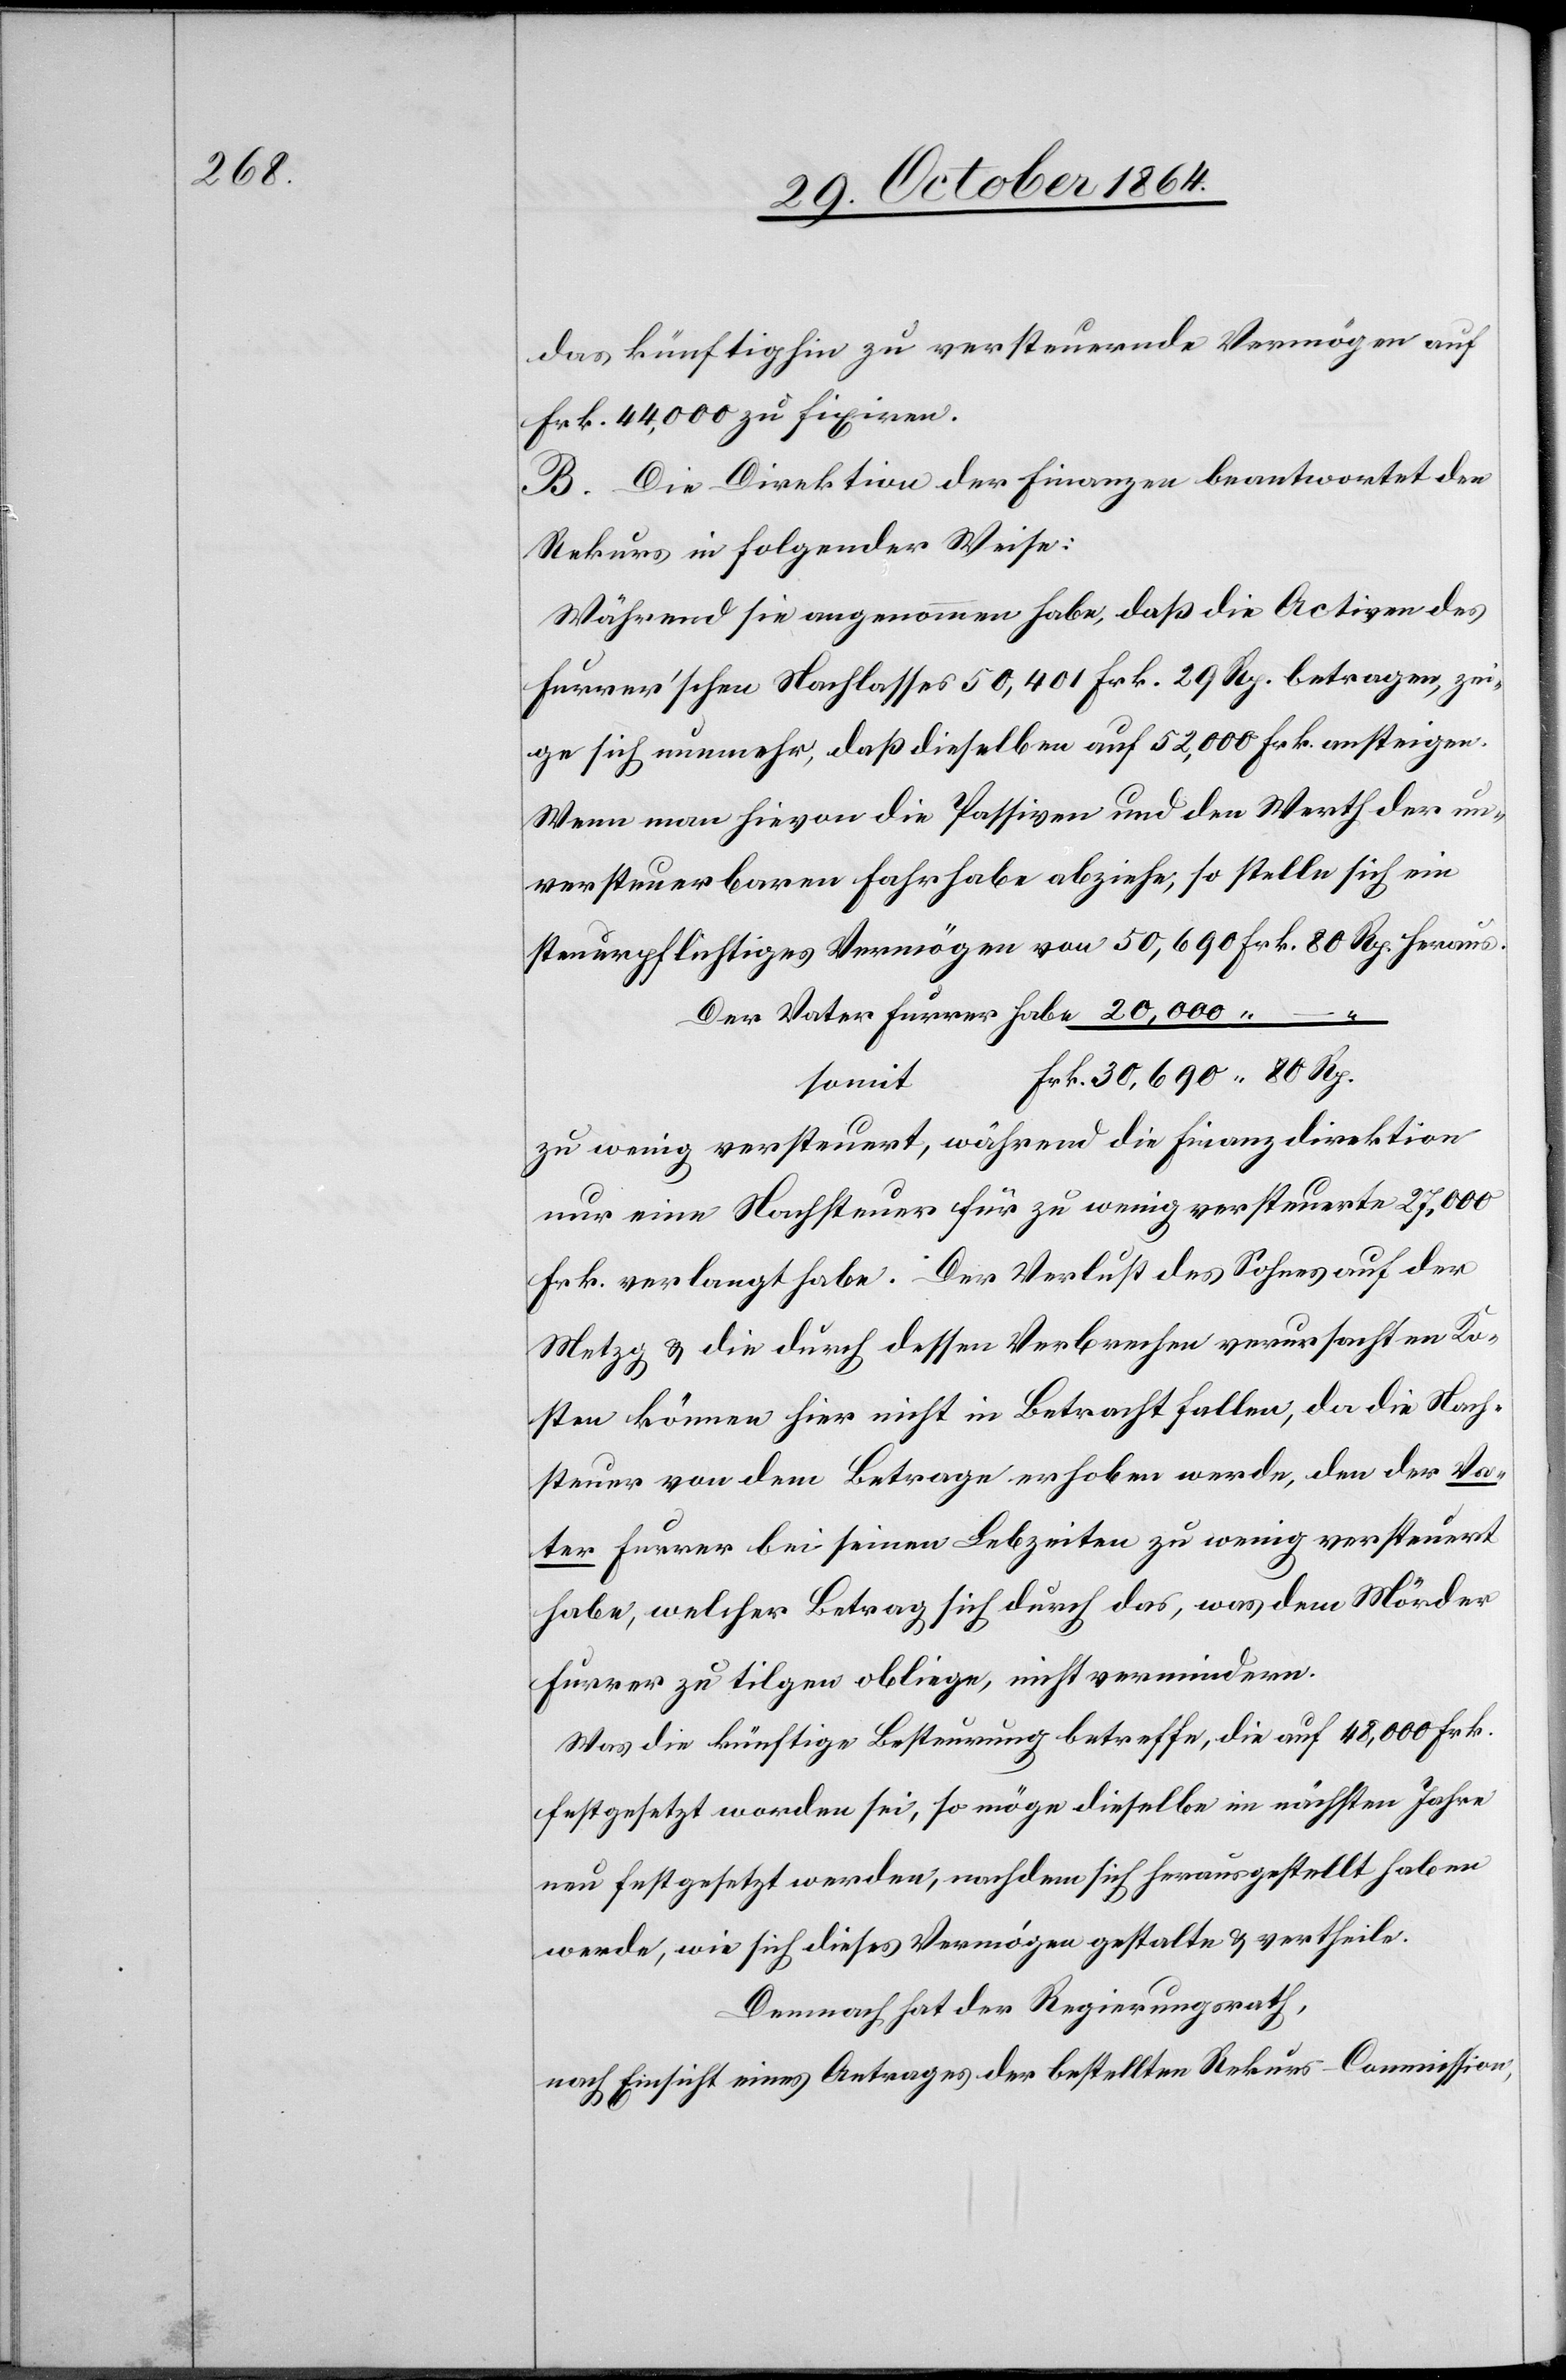
das künftig zu versteuernde Vermögen auf
Frk. 44,000 zu fixiren.
B. Die Direktion der Finanzen beantwortet den
Rekurs in folgender Weise:
Während sie angenommen habe, daß die Activen des
Furrer’schen Nachlasses 50,401 Frk. 29 Rp. betragen, zei¬
ge sich nunmehr, daß dieselben auf 52,000 Frk. ansteigen.
Wenn man hievon die Passiven und den Werth der un¬
versteuerbaren Fahrhabe abziehe, so stelle sich ein
steuerpflichtiges Vermögen von 50,690 Frk. 80 Rp. heraus.
Der Vater Furrer habe [Frk.] 20,000. –
somit Frk. 30,690.80 Rp.
zu wenig versteuert, während die Finanzdirektion
nur eine Nachsteuer für zu wenig versteuerte 27,000
Frk. verlangt habe. Der Verlust des Sohnes auf der
Metzg & die durch dessen Verbrechen verursachten Ko¬
sten können hier nicht in Betracht fallen, da die Nach¬
steuer von dem Betrage erhoben werde, den der Va¬
ter Furrer bei seinen Lebzeiten zu wenig versteuert
habe, welcher Betrag sich durch das, was dem Mörder
Furrer zu tilgen obliege, nicht vermindere.
Was die künftige Besteurung betreffe, die auf 48,000 Frk.
festgesetzt worden sei, so möge dieselbe im nächsten Jahre
neu festgesetzt werden, nachdem sich herausgestellt haben
werde, wie sich dieses Vermögen gestalte & vertheile.
Demnach hat der Regierungsrath,
nach Einsicht eines Antrages der bestellten Rekurs-Commission,